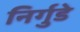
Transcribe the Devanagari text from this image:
निर्गुडे